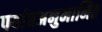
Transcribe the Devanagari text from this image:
पर्याप्तअनुमानित